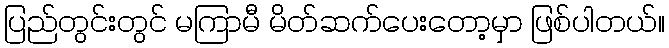
ပြည်တွင်းတွင် မကြာမီ မိတ်ဆက်ပေးတော့မှာ ဖြစ်ပါတယ်။